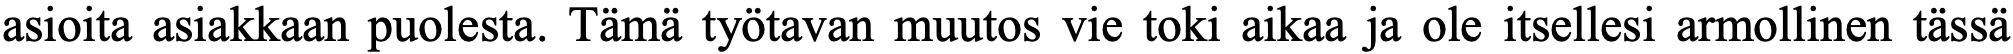
asioita asiakkaan puolesta. Tämä työtavan muutos vie toki aikaa ja ole itsellesi armollinen tässä